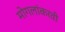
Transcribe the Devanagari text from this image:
मोगलांकरवी